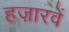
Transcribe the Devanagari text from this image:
हज़ारवें